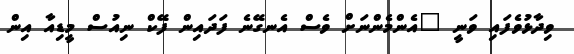
ވިދާޅުވެފައި ވަނީ "އެންމެންނަށް ވެސް އެނގޭނެ ފަދައިން ފޭކް ނިއުސް މީޑިއާ އިން